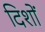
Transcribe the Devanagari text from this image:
दिशों